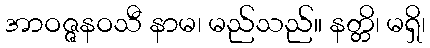
အာဝဇ္ဇနဝသီ နာမ၊ မည်သည်။ နတ္တိ၊ မရှိ၊